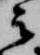
云